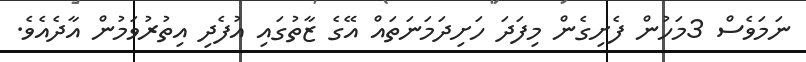
ނަމަވެސް 3މަހުން ފެށިގެން މިފަދަ ހަށިދަމަނަތައް އޭގެ ޒާތުގައި އުފެދި އިތުރުވަމުން އާދެއެވެ.